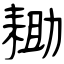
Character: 耡